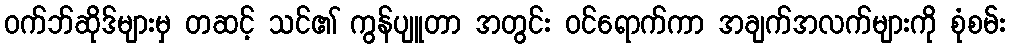
ဝက်ဘ်ဆိုဒ်များမှ တဆင့် သင်၏ ကွန်ပျူတာ အတွင်း ဝင်ရောက်ကာ အချက်အလက်များကို စုံစမ်း